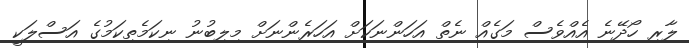
ލާރި ހޯދޭނެ އެއްވެސް މަގެއް ނެތް އަހަންނަކަށް އަހަރެންނަށް މިލިބުނު ނިކަމެތިކަމުގެ އަސްލަކީ